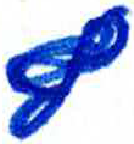
אות: ף